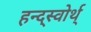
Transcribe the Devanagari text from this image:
हन्द्स्वोर्थ्